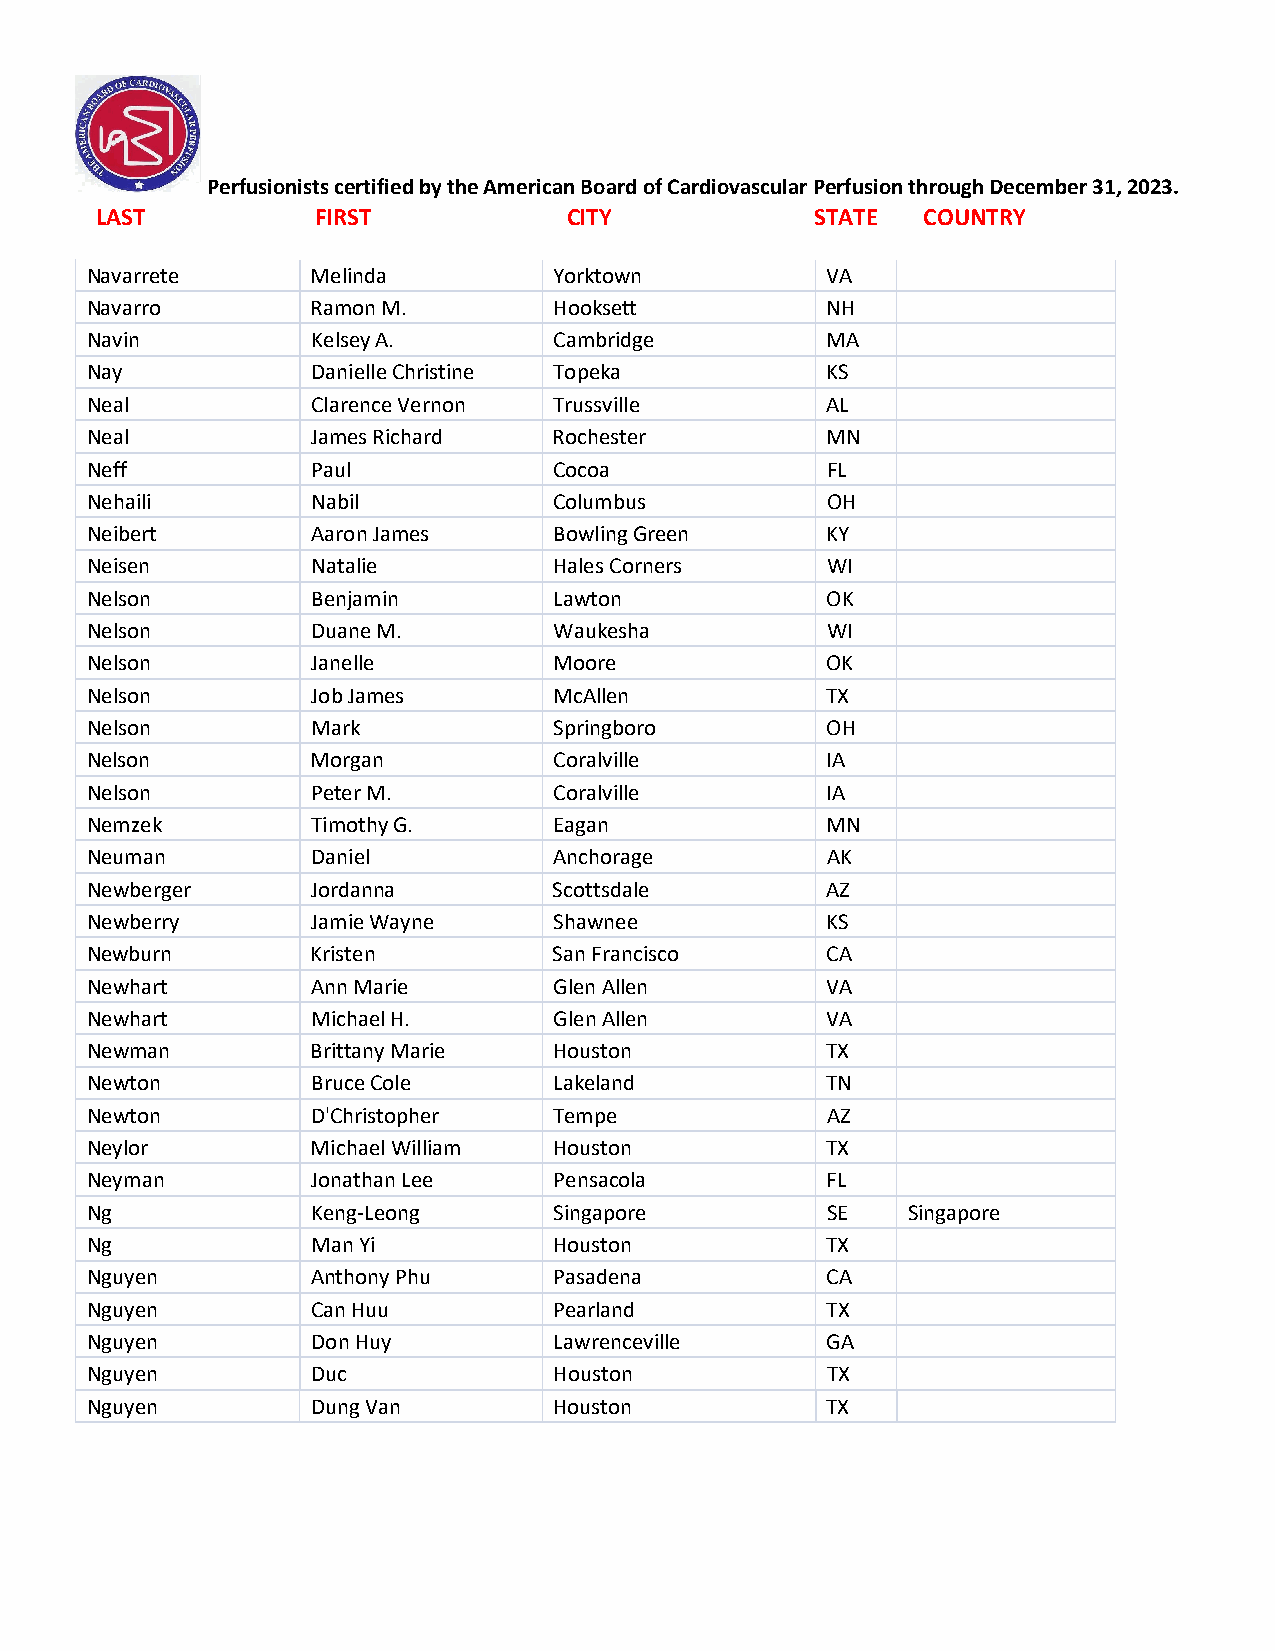
Perfusionists certified by the American Board of Cardiovascular Perfusion through December 31, 2023.
 LAST           FIRST            CITY            STATE  COUNTRY
 Navarrete      Melinda         Yorktown          VA
 Navarro        Ramon M.        Hooksett          NH
 Navin          Kelsey A.       Cambridge         MA
 Nay            Danielle Christine Topeka         KS
 Neal           Clarence Vernon Trussville        AL
 Neal           James Richard   Rochester         MN
 Neff           Paul            Cocoa             FL
 Nehaili        Nabil           Columbus          OH
 Neibert        Aaron James     Bowling Green     KY
 Neisen         Natalie         Hales Corners     WI
 Nelson         Benjamin        Lawton            OK
 Nelson         Duane M.        Waukesha          WI
 Nelson         Janelle         Moore             OK
 Nelson         Job James       McAllen           TX
 Nelson         Mark            Springboro        OH
 Nelson         Morgan          Coralville        IA
 Nelson         Peter M.        Coralville        IA
 Nemzek         Timothy G.      Eagan             MN
 Neuman         Daniel          Anchorage         AK
 Newberger      Jordanna        Scottsdale        AZ
 Newberry       Jamie Wayne     Shawnee           KS
 Newburn        Kristen         San Francisco     CA
 Newhart        Ann Marie       Glen Allen        VA
 Newhart        Michael H.      Glen Allen        VA
 Newman         Brittany Marie  Houston           TX
 Newton         Bruce Cole      Lakeland          TN
 Newton         D'Christopher   Tempe             AZ
 Neylor         Michael William Houston           TX
 Neyman         Jonathan Lee    Pensacola         FL
 Ng             Keng-Leong      Singapore         SE   Singapore
 Ng             Man Yi          Houston           TX
 Nguyen         Anthony Phu     Pasadena          CA
 Nguyen         Can Huu         Pearland          TX
 Nguyen         Don Huy         Lawrenceville     GA
 Nguyen         Duc             Houston           TX
 Nguyen         Dung Van        Houston           TX